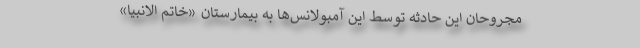
مجروحان این حادثه توسط این آمبولانس‌ها به بیمارستان «خاتم الانبیا»